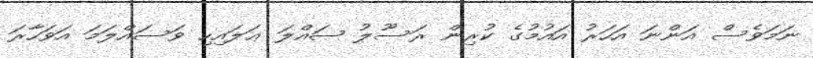
ނަމަވެސް އަންނަ އަހަރު އައުމުގެ ކުރިން ރަސޫލު ޞައްލަ ޢަލައިހި ވަސައްލަމަ އަވަހާރަ